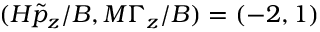
( H \tilde { p } _ { z } / B , M \Gamma _ { z } / B ) = ( - 2 , 1 )